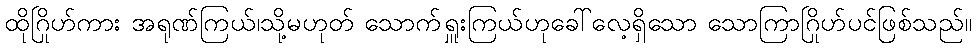
ထိုဂြိုဟ်ကား အရုဏ်ကြယ်၊သို့မဟုတ် သောက်ရှူးကြယ်ဟုခေါ်လေ့ရှိသော သောကြာဂြိုဟ်ပင်ဖြစ်သည်။